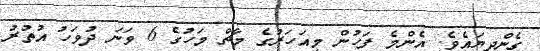
ގެންދިޔައެވެ. އެންމެ ފަހުން މިއަހަރުގެ މާޗް މަހުގެ 6 ވަނަ ދުވަހު އުތުރު